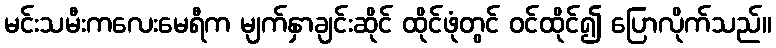
မင်းသမီးကလေးမေရီက မျက်နှာချင်းဆိုင် ထိုင်ဖုံတွင် ဝင်ထိုင်၍ ပြောလိုက်သည်။